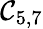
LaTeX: \mathcal{C}_{5,7}